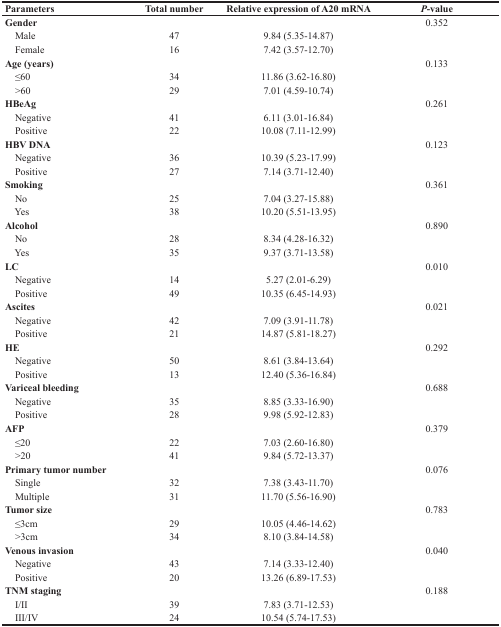
<table><thead><tr><td><b>Parameters</b></td><td><b>Total number</b></td><td><b>Relative expression of A20 mRNA</b></td><td><b><i>P</i>-value</b></td></tr></thead><tbody><tr><td><b>Gender</b></td><td></td><td></td><td>0.352</td></tr><tr><td> Male</td><td>47</td><td>9.84 (5.35-14.87)</td><td></td></tr><tr><td> Female</td><td>16</td><td>7.42 (3.57-12.70)</td><td></td></tr><tr><td><b>Age (years)</b></td><td></td><td></td><td>0.133</td></tr><tr><td> ≤60</td><td>34</td><td>11.86 (3.62-16.80)</td><td></td></tr><tr><td> &gt;60</td><td>29</td><td>7.01 (4.59-10.74)</td><td></td></tr><tr><td><b>HBeAg</b></td><td></td><td></td><td>0.261</td></tr><tr><td> Negative</td><td>41</td><td>6.11 (3.01-16.84)</td><td></td></tr><tr><td> Positive</td><td>22</td><td>10.08 (7.11-12.99)</td><td></td></tr><tr><td><b>HBV DNA</b></td><td></td><td></td><td>0.123</td></tr><tr><td> Negative</td><td>36</td><td>10.39 (5.23-17.99)</td><td></td></tr><tr><td> Positive</td><td>27</td><td>7.14 (3.71-12.40)</td><td></td></tr><tr><td><b>Smoking</b></td><td></td><td></td><td>0.361</td></tr><tr><td> No</td><td>25</td><td>7.04 (3.27-15.88)</td><td></td></tr><tr><td> Yes</td><td>38</td><td>10.20 (5.51-13.95)</td><td></td></tr><tr><td><b>Alcohol</b></td><td></td><td></td><td>0.890</td></tr><tr><td> No</td><td>28</td><td>8.34 (4.28-16.32)</td><td></td></tr><tr><td> Yes</td><td>35</td><td>9.37 (3.71-13.58)</td><td></td></tr><tr><td><b>LC</b></td><td></td><td></td><td>0.010</td></tr><tr><td> Negative</td><td>14</td><td>5.27 (2.01-6.29)</td><td></td></tr><tr><td> Positive</td><td>49</td><td>10.35 (6.45-14.93)</td><td></td></tr><tr><td><b>Ascites</b></td><td></td><td></td><td>0.021</td></tr><tr><td> Negative</td><td>42</td><td>7.09 (3.91-11.78)</td><td></td></tr><tr><td> Positive</td><td>21</td><td>14.87 (5.81-18.27)</td><td></td></tr><tr><td><b>HE</b></td><td></td><td></td><td>0.292</td></tr><tr><td> Negative</td><td>50</td><td>8.61 (3.84-13.64)</td><td></td></tr><tr><td> Positive</td><td>13</td><td>12.40 (5.36-16.84)</td><td></td></tr><tr><td><b>Variceal bleeding</b></td><td></td><td></td><td>0.688</td></tr><tr><td> Negative</td><td>35</td><td>8.85 (3.33-16.90)</td><td></td></tr><tr><td> Positive</td><td>28</td><td>9.98 (5.92-12.83)</td><td></td></tr><tr><td><b>AFP</b></td><td></td><td></td><td>0.379</td></tr><tr><td> ≤20</td><td>22</td><td>7.03 (2.60-16.80)</td><td></td></tr><tr><td> &gt;20</td><td>41</td><td>9.84 (5.72-13.37)</td><td></td></tr><tr><td><b>Primary tumor number</b></td><td></td><td></td><td>0.076</td></tr><tr><td> Single</td><td>32</td><td>7.38 (3.43-11.70)</td><td></td></tr><tr><td> Multiple</td><td>31</td><td>11.70 (5.56-16.90)</td><td></td></tr><tr><td><b>Tumor size</b></td><td></td><td></td><td>0.783</td></tr><tr><td> ≤3cm</td><td>29</td><td>10.05 (4.46-14.62)</td><td></td></tr><tr><td> &gt;3cm</td><td>34</td><td>8.10 (3.84-14.58)</td><td></td></tr><tr><td><b>Venous invasion</b></td><td></td><td></td><td>0.040</td></tr><tr><td> Negative</td><td>43</td><td>7.14 (3.33-12.40)</td><td></td></tr><tr><td> Positive</td><td>20</td><td>13.26 (6.89-17.53)</td><td></td></tr><tr><td><b>TNM staging</b></td><td></td><td></td><td>0.188</td></tr><tr><td> I/II</td><td>39</td><td>7.83 (3.71-12.53)</td><td></td></tr><tr><td> III/IV</td><td>24</td><td>10.54 (5.74-17.53)</td><td></td></tr></tbody></table>